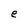
Character: e